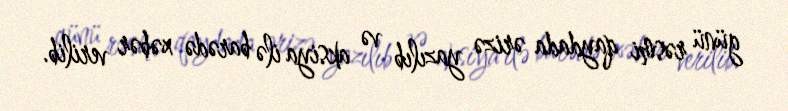
günü rəsmi qaydada ərizə yazılıb və aksiya ilə barədə xəbər verilib.